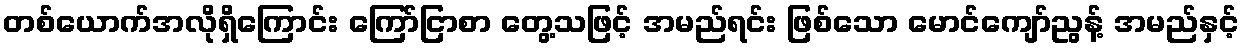
တစ်ယောက်အလိုရှိကြောင်း ကြော်ငြာစာ တွေ့သဖြင့် အမည်ရင်း ဖြစ်သော မောင်ကျော်ညွန့် အမည်နှင့်